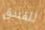
للفندق